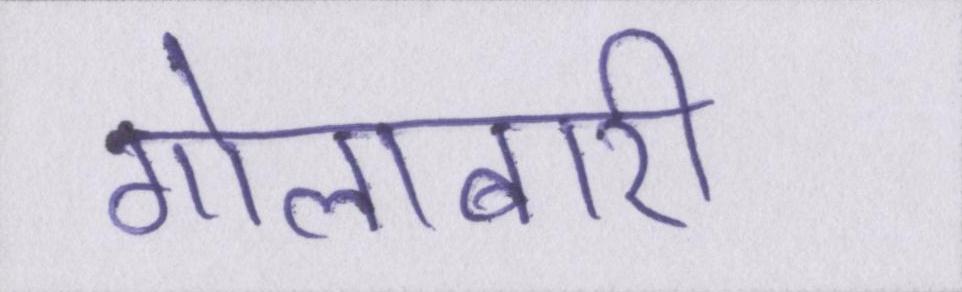
गोलाबारी